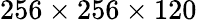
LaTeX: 256\times 256\times 120